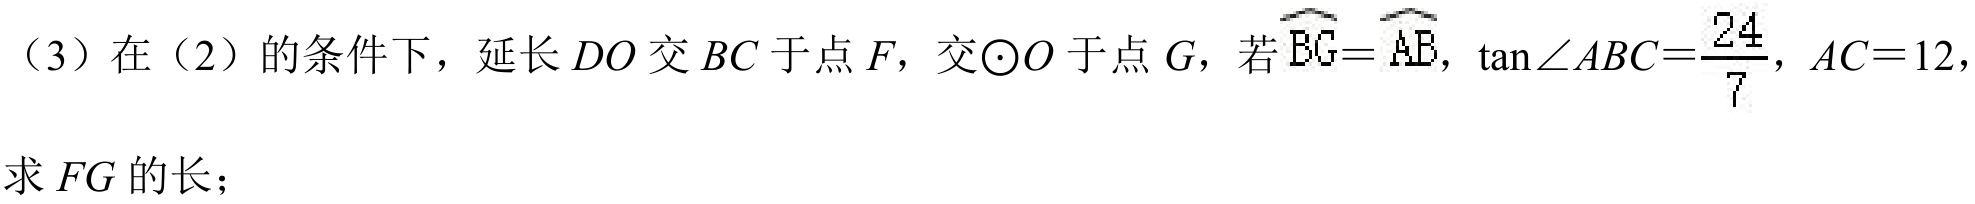
（3）在（2）的条件下，延长\(DO\)交\(BC\)于点\(F\)，交\(\odot O\)于点\(G\)，若\(\overset{\frown}{BG}=\overset{\frown}{AB}\)，\(\tan\angle ABC = \frac{24}{7}\)，\(AC = 12\)，求\(FG\)的长；